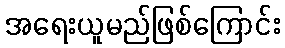
အရေးယူမည်ဖြစ်ကြောင်း